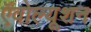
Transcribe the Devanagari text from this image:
ऍवोल्यूशन